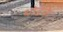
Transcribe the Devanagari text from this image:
थोडके